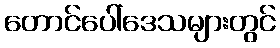
တောင်ပေါ်ဒေသများတွင်